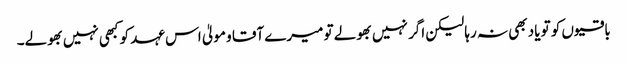
باقیوں کو تو یاد بھی نہ رہا لیکن اگر نہیں بھولے تو میرے آقا و مولیٰ اس عہد کو کبھی نہیں بھولے۔